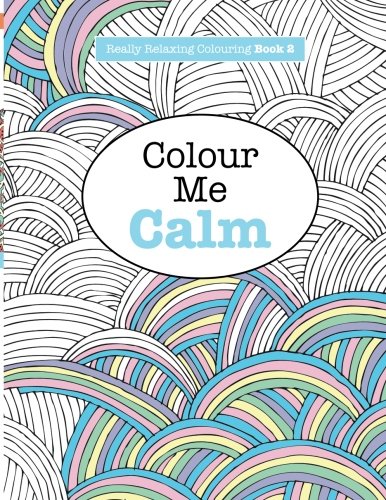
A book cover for Really RELAXING Colouring Book 2: Colour Me Calm (Really RELAXING Colouring Books) (Volume 2); Elizabeth James; Humor & Entertainment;